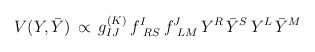
\begin{align*}V (Y,{\bar Y}) \,\propto\, g^{(K)}_{IJ} \,f^{I}_{\ RS} \, f^J_{\ LM} \,Y^R \, {\bar Y}^S \, Y^L \, {\bar Y}^M\end{align*}